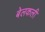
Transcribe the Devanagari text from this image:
बेलकली